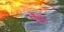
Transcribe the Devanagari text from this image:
ऍमॅट